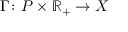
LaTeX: \Gamma \colon P \times \mathbb { R } _ { + } \rightarrow X